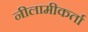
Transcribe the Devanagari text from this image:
नीलामीकर्ता